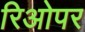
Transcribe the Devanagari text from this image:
रिओपर